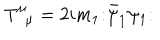
LaTeX: T _ { \; \; \mu } ^ { \mu } = 2 i m _ { 1 } \mathbf { : } \bar { \psi } _ { 1 } \psi _ { 1 } \mathbf { : }